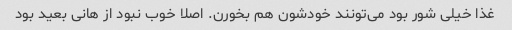
غذا خیلی شور بود می‌تونند خودشون هم بخورن. اصلا خوب نبود از هانی بعید بود